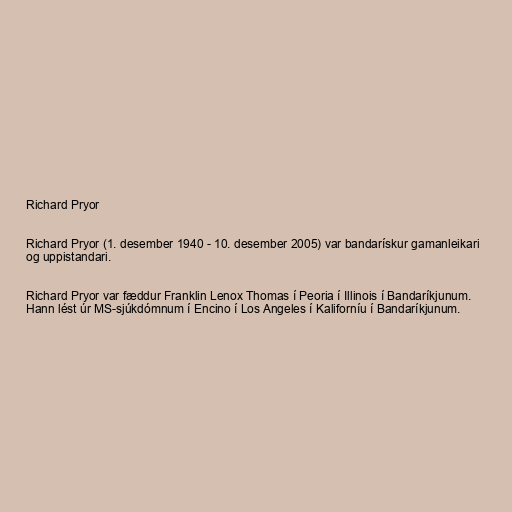
Richard Pryor

Richard Pryor (1. desember 1940 - 10. desember 2005) var bandarískur gamanleikari
og uppistandari.

Richard Pryor var fæddur Franklin Lenox Thomas í Peoria í Illinois í Bandaríkjunum.
Hann lést úr MS-sjúkdómnum í Encino í Los Angeles í Kaliforníu í Bandaríkjunum.